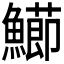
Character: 𩼚